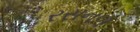
રસનળ